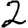
Digit: 2